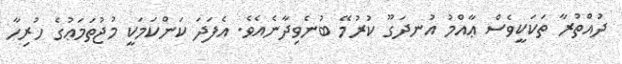
ދުއްތުރާ ތަކަކީވެސް ޢާއްމު އުނދަގޫ ކުރުމޭ ބުނެވިދާނެއެވެ. އެފަދަ ކަންކަމަކީ މުޖުތަމަޢުގެ ހުރިހާ